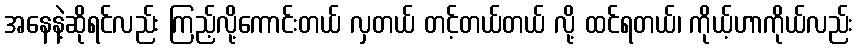
အနေနဲ့ဆိုရင်လည်း ကြည့်လို့ကောင်းတယ် လှတယ် တင့်တယ်တယ် လို့ ထင်ရတယ်၊ ကိုယ့်ဟာကိုယ်လည်း